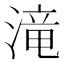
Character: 滝